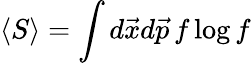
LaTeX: \langle S\rangle=\int d\vec{x}d\vec{p}\, f\log f